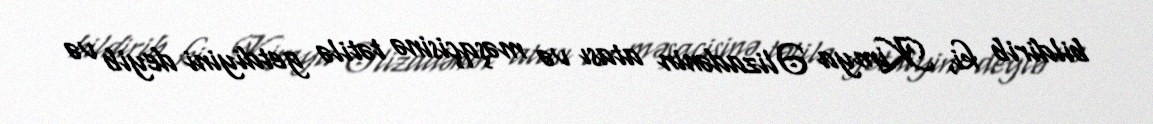
bildirib ki, Kimya Əlizadənin atası və məşqçisinə tətilə getdiyini deyib və